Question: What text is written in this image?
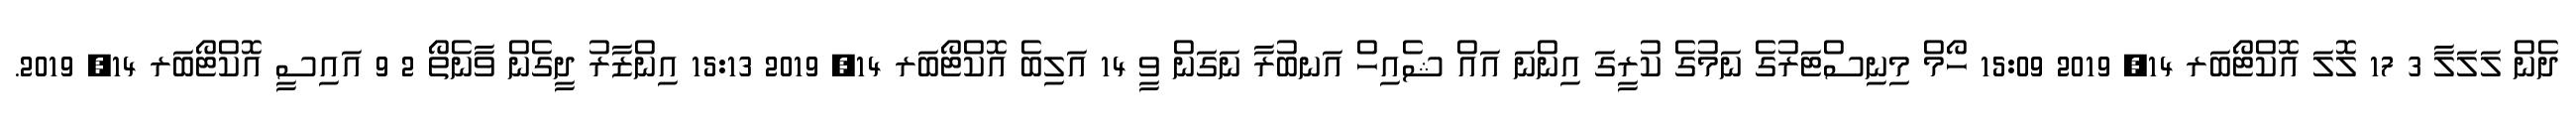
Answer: ދެން ލަލަލާ 3 17 ލޮލަ އޮކްޓޯބަރ 14, 2019 15:09 ހޯމް މިނިސްޓަރުގެ ނަމުގެ ކުރީގަ އިންނަ އައް ޝެއިހް އަނބުރާ ނަގަން ވީ 14 އަލިބެ އޮކްޓޯބަރ 14, 2019 15:13 އިންޒާރު ދީގެން ވާނެތޯ 2 9 އައިސީ އޮކްޓޯބަރ 14, 2019.